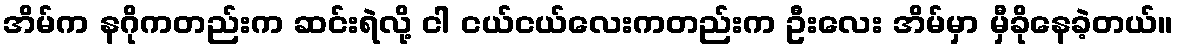
အိမ်က နဂိုကတည်းက ဆင်းရဲလို့ ငါ ငယ်ငယ်လေးကတည်းက ဦးလေး အိမ်မှာ မှီခိုနေခဲ့တယ်။